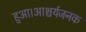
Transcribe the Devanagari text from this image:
हुआ।आश्चर्यजनक